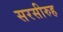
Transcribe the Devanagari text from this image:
सरसीरुह